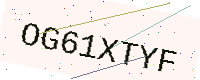
Text: OG61XTYF